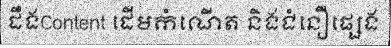
ដឹងContent ដើមកំណើត និងជំនឿផ្សេង